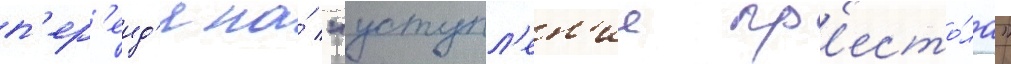
п'ер'еид'я на́ "уступл'ен'ие пр'есто́ла"